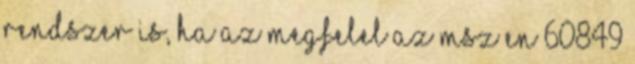
rendszer is, ha az megfelel az MSZ EN 60849